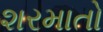
શરમાતો